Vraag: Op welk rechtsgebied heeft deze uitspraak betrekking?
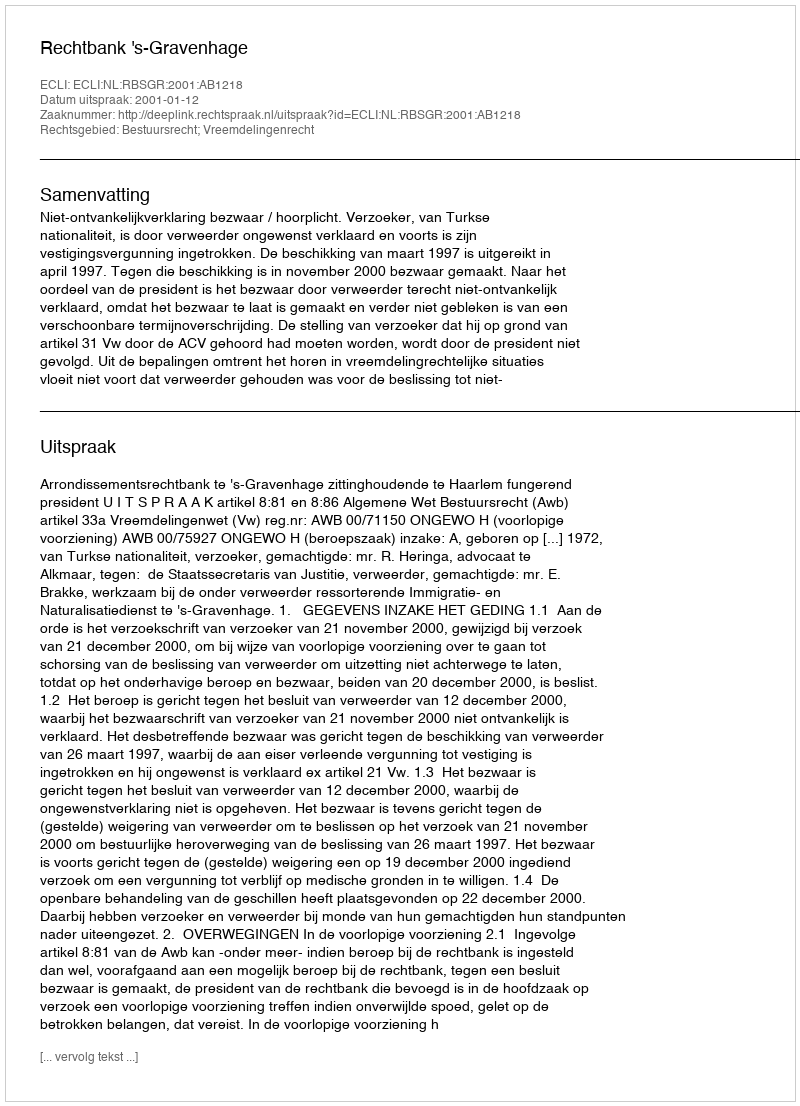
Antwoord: Bestuursrecht; Vreemdelingenrecht